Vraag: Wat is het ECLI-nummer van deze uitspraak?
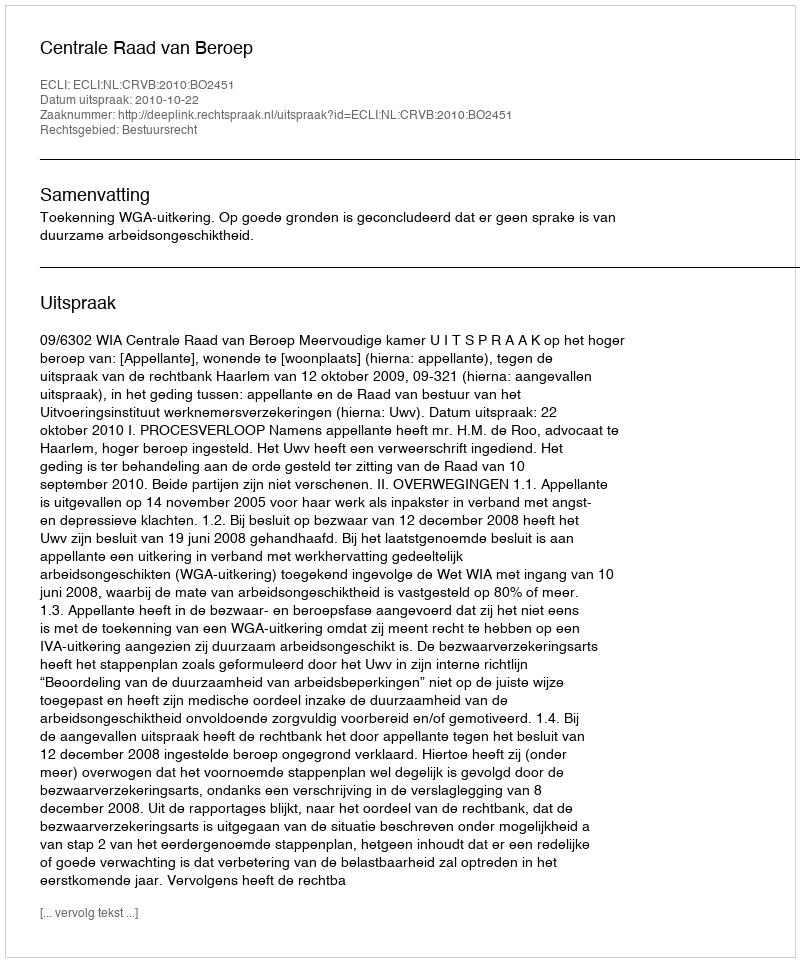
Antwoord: ECLI:NL:CRVB:2010:BO2451